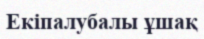
Екіпалубалы ұшақ